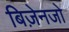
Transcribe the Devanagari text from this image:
बिज़ेनजो